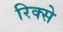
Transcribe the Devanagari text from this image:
रिक्से